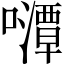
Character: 𱕛